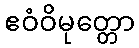
ဧဝံဝိမုတ္တော